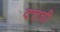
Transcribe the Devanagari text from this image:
दत्तची